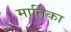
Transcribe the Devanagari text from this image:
मातिका